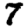
Digit: 7